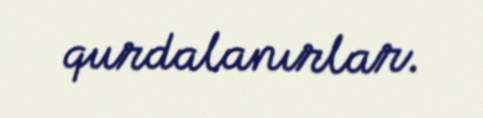
qurdalanırlar.